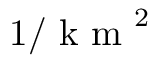
1 / \mathrm { ~ k ~ m ~ } ^ { 2 }